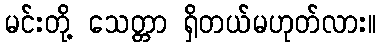
မင်းတို့ သေတ္တာ ရှိတယ်မဟုတ်လား။